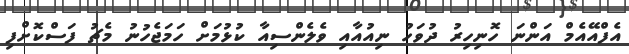
އެފްއޭއެމް އަންނަ ހޮނިހިރު ދުވަހު ނިއުއާއި ވެލެންސިއާ ކުޅުމަށް ހަމަޖެހުނު މެޗު ފަސްކޮށްފި